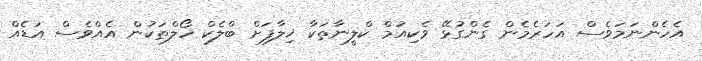
އެހެންނަމަވެސް އަހަރެމެން ގެންގުޅޭ ވެކިއުމް ކްލީނާތަކާ ޚިލާފަށް ބްލެކް ހޯލްތަކުން އެއްވެސް އަޑެއް